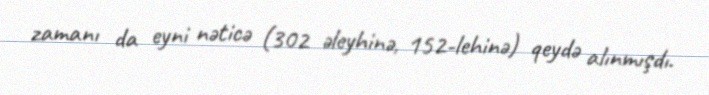
zamanı da eyni nəticə (302 əleyhinə, 152-lehinə) qeydə alınmışdı.